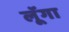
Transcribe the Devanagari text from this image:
लूॅगा